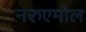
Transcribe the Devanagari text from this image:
नरुएमोल